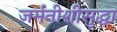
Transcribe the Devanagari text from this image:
जर्मनीशीसुद्धा